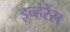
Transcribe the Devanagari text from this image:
इन्हेरेंस